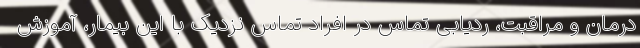
درمان و مراقبت، ردیابی تماس در افراد تماس نزدیک با این بیمار، آموزش